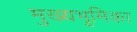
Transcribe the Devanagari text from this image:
मुख्यभूमिका